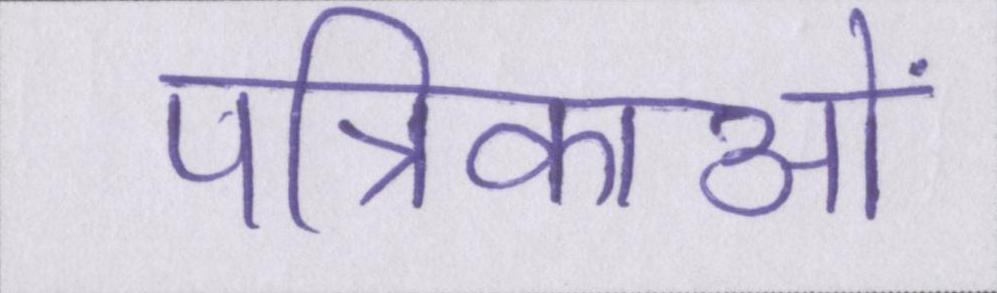
पत्रिकाओं